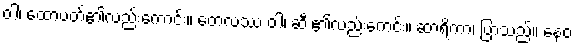
ဝါ၊ ထောပတ်၏လည်းကောင်း။ တေလဿ ဝါ၊ ဆီး၏လည်းကေင်း။ ဆာရိကာ၊ ပြာသည်။ နေဝ